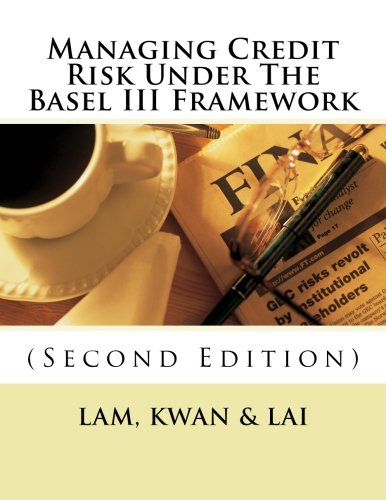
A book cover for Managing Credit Risk Under The Basel III Framework; Dr. Yat-fai Lam; Business & Money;